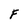
Character: F